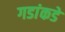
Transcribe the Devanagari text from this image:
गडांकडे